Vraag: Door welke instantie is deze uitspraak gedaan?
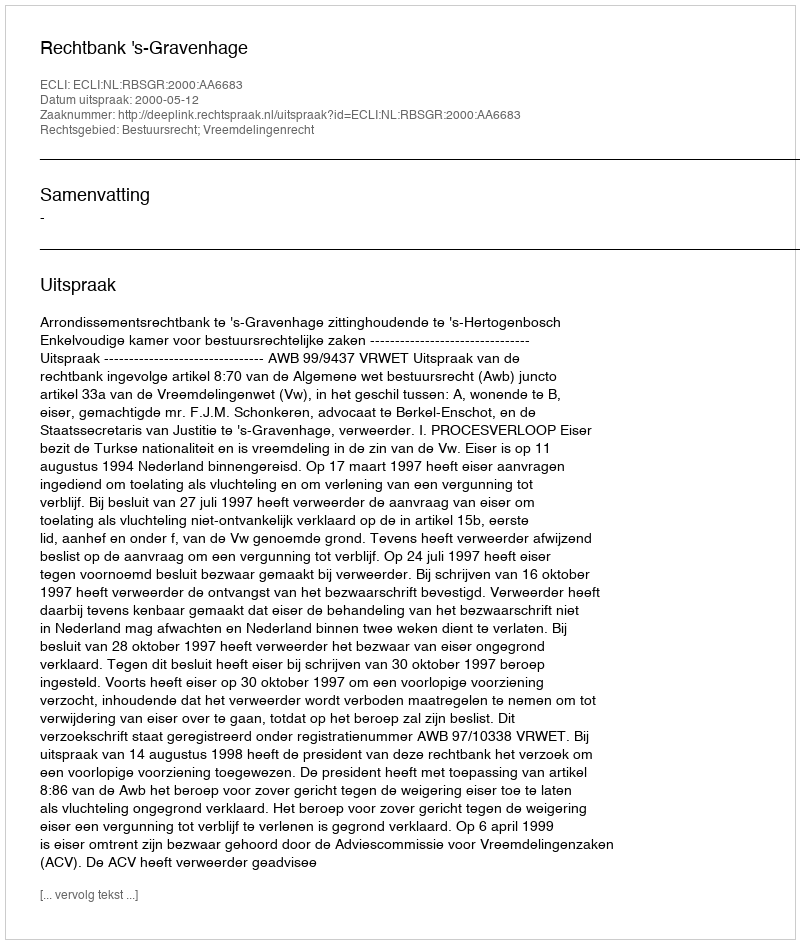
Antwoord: Rechtbank 's-Gravenhage